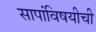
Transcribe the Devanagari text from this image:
सापांविषयीची